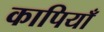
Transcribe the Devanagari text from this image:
कापियाँ